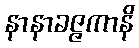
နာနာခဇ္ဇကာနိ